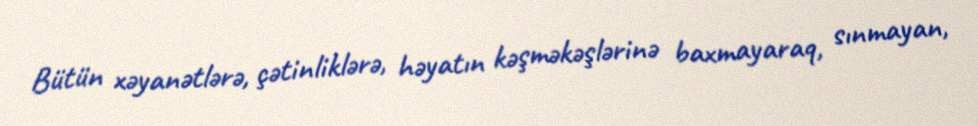
Bütün xəyanətlərə, çətinliklərə, həyatın kəşməkəşlərinə baxmayaraq, sınmayan,